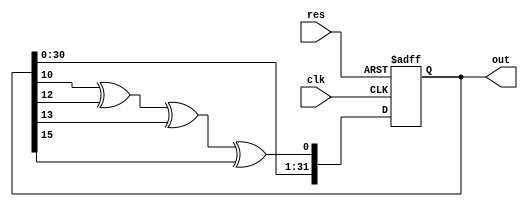
module Random32 (
    input wire clk, res,
    output reg [31:0] out
);
    wire feedBackBit;
    wire [31:0] next;

    assign feedBackBit = out[10] ^ out[12] ^ out[13] ^ out[15];
    assign next = {out[30:0], feedBackBit};

    always @(posedge clk or posedge res) begin
        if(res) 
            out <= 32'd123456;
        else
            out <= next;
    end
endmodule